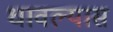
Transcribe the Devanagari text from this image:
धावल्यास